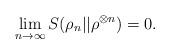
LaTeX: \begin{align*} \lim_{n \to \infty} S(\rho_n||\rho^{\otimes n})=0. \end{align*}